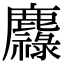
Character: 䴪